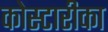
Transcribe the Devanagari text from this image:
कोस्टारीका